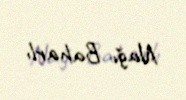
Nağı Baharlı